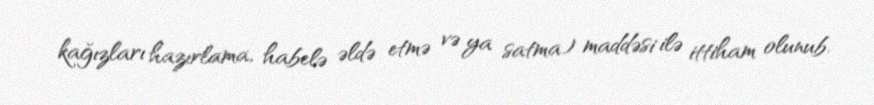
kağızları hazırlama, habelə əldə etmə və ya satma) maddəsi ilə ittiham olunub.